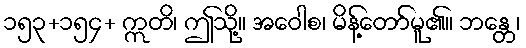
၁၅၃+၁၅၄+ ဣတိ၊ ဤသို့။ အဝေါစ၊ မိန့်တော်မူ၏။ ဘန္တေ၊